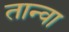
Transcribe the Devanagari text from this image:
तान्वा